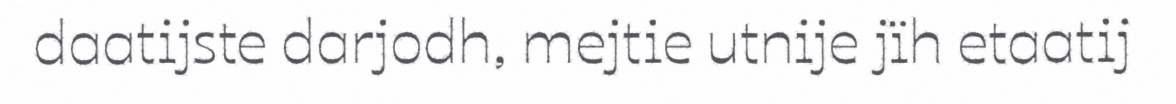
daatijste darjodh, mejtie utnije jïh etaatij